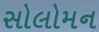
સોલોમન